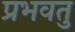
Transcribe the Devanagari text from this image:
प्रभवतु